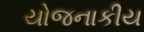
યોજનાકીય